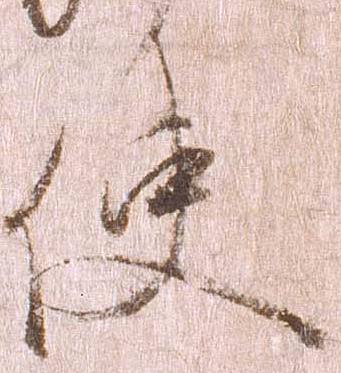
使